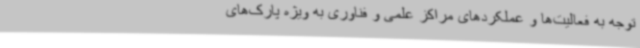
توجه به فعالیت‌ها و عملکردهای مراکز علمی و فناوری به ویژه پارک‌های